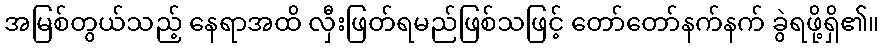
အမြစ်တွယ်သည့် နေရာအထိ လှီးဖြတ်ရမည်ဖြစ်သဖြင့် တော်တော်နက်နက် ခွဲရဖို့ရှိ၏။